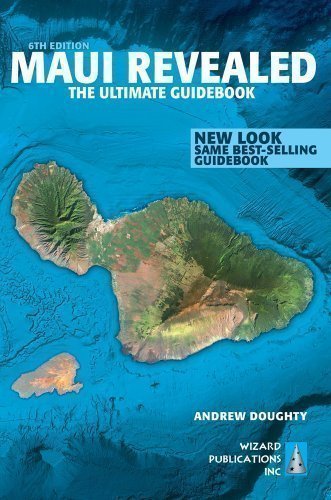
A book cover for Maui Revealed: The Ultimate Guidebook by Doughty, Andrew 6th (sixth) Edition (2013); Travel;